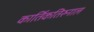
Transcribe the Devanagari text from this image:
कार्तिकतिरुनाल